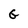
Character: G